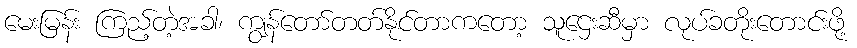
မေးမြန်း ကြည့်တဲ့အခါ၊ ကျွန်တော်တတ်နိုင်တာကတော့ သူဌေးဆီမှာ လုပ်ခတိုးတောင်းဖို့